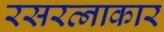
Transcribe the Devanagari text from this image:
रसरत्नाकार